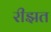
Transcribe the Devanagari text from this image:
रीझत